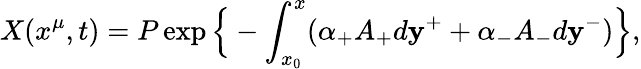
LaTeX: X(x^{\mu},t)=P\exp\Big\{ -\int_{x_{0}}^{x}(\alpha_{+}A_{+}d\mathbf{y}^{+}+\alpha_{-}A_{-}d\mathbf{y}^{-})\Big\} ,